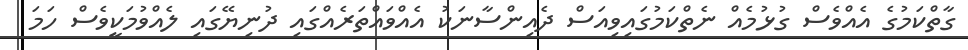
ގާތްކަމުގެ އެއްވެސް ގުޅުމެއް ނެތްކަމުގައިވިއަސް ދެއިންސާނަކު އެއްވައްތަރެއްގައި ދުނިޔޭގައި ލެއްވުމަކީވެސް ހަމަ